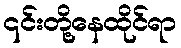
၎င်းတို့နေထိုင်ရာ